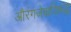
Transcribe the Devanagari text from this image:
औरंगजेबाविरूद्ध